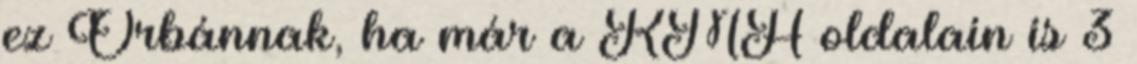
ez Orbánnak, ha már a KMH oldalain is 3